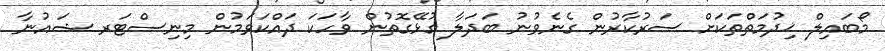
މޯބައިލް ޚިދުމަތްތަކަށް ސަރުކާރުން ގެނެވުނު ބަދަލާ ގުޅޭގޮތުން ވާހަކަ ދައްކަވަމުން މިނިސްޓަރ ޝައުނާ